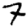
Digit: 7